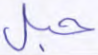
حبل